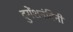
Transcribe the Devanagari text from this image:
दुगेंशनंदिनी